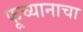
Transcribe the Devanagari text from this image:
फूच्यानाचा